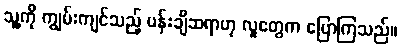
သူ့ကို ကျွမ်းကျင်သည့် ပန်းချီဆရာဟု လူတွေက ပြောကြသည်။